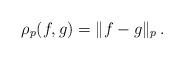
LaTeX: \begin{align*}\rho_p(f,g)=\|f-g\|_p \,.\end{align*}